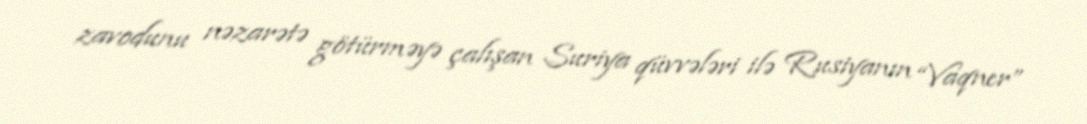
zavodunu nəzarətə götürməyə çalışan Suriya qüvvələri ilə Rusiyanın “Vaqner”